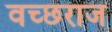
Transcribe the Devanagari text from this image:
वच्छराज